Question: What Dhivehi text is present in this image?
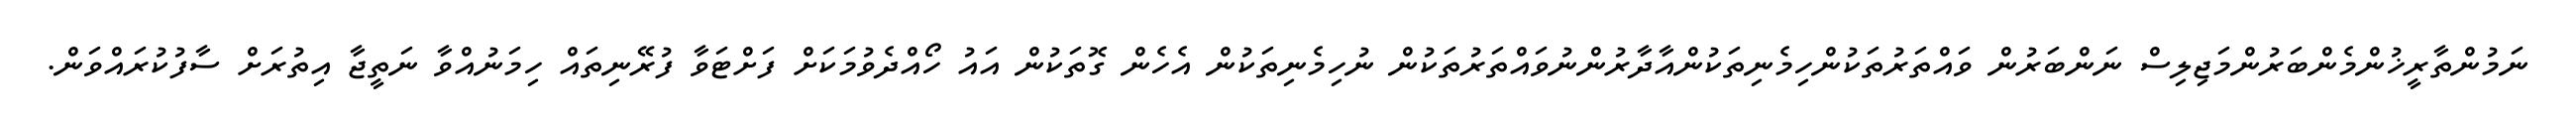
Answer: ނަމުންތާރީޚުންމެންބަރުންމަޖިލިސް ނަންބަރުން ވައްތަރުތަކުންހިމެނިތަކުންއާދާރުންނުވައްތަރުތަކުން ނުހިމެނިތަކުން އެހެން ގޮތަކުން އައު ހޯއްދެވުމަކަށް ފަށްޓަވާ ފުރޭނިތައް ހިމަނުއްވާ ނަތީޖާ އިތުރަށް ސާފުކުރައްވަން.